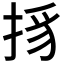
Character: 𢭺